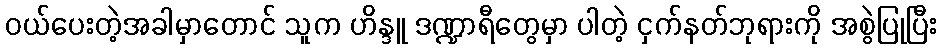
ဝယ်ပေးတဲ့အခါမှာတောင် သူက ဟိန္ဒူ ဒဏ္ဍာရီတွေမှာ ပါတဲ့ ငှက်နတ်ဘုရားကို အစွဲပြုပြီး